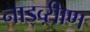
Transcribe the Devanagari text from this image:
नाड्व्ऱीाण